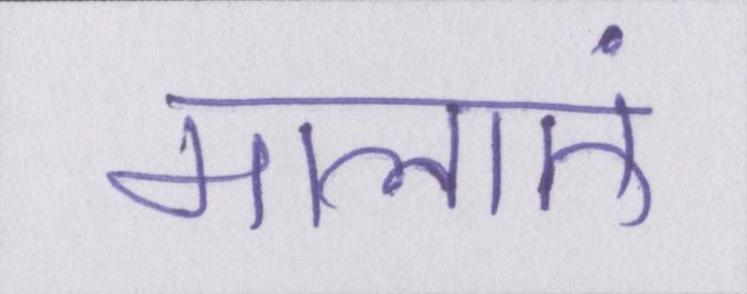
मालाएं